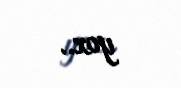
yox..